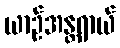
ယာဉ်အန္တရာယ်